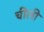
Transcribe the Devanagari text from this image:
चीली